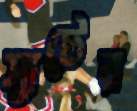
স্যুটের